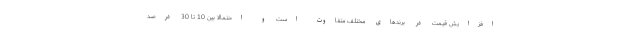
افزایش قیمت در برندهای مختلف متفاوت است و احتمالا بین 10 تا 30 درصد